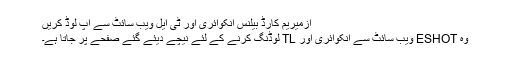
ازمیریم کارڈ بیلنس انکوائری اور ٹی ایل ویب سائٹ سے اپ لوڈ کریں
وہ ESHOT ویب سائٹ سے انکوائری اور TL لوڈنگ کرنے کے لئے نیچے دیئے گئے صفحے پر جاتا ہے۔